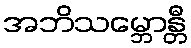
အဘိသမ္ဘောန္တီ